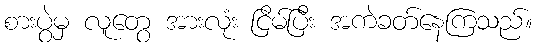
စားပွဲမှ လူတွေ အားလုံး ငြိမ်ပြီး အကဲခတ်နေကြသည်။